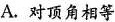
A.对顶角相等